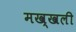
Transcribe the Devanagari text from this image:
मख्खली